Report on the cultivation and use of ganja
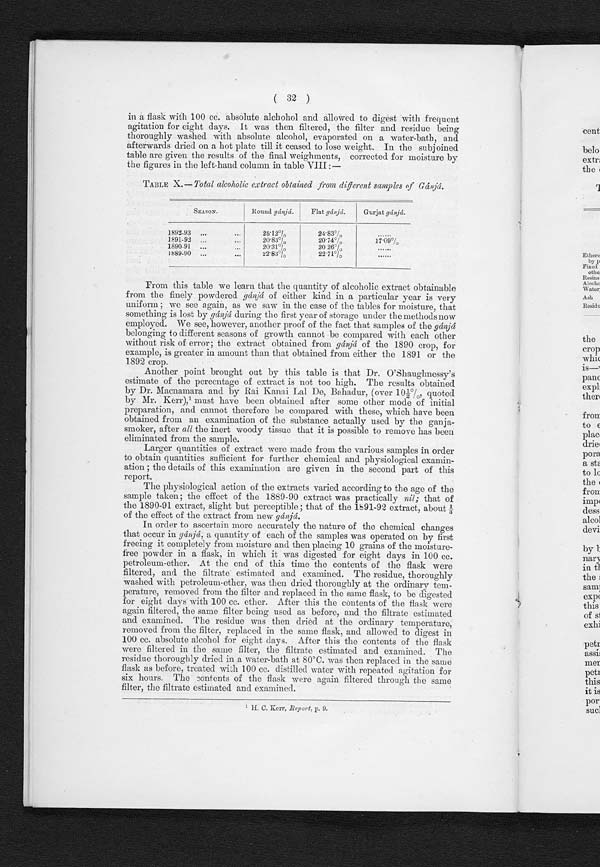
( 32 )
in a flask with 100 cc. absolute alchohol and allowed to digest with frequent
agitation for eight days. It was then filtered, the filter and residue being
thoroughly washed with absolute alcohol, evaporated on a water-bath, and
afterwards dried on a hot plate till it ceased to lose weight. In the subjoined
table are given the results of the final weighments, corrected for moisture by
the figures in the left-hand column in table VIII :—
TABLE X.—Total alcoholic extract obtained from different samples of Gánjá.
S E A S O N .
R O U N Dg
á n j á .
F l a t
g á
n j á .
G u r j a t
g á n j á .
1892-93 . . .
. . .
25. 12%
24. 83%
. . . . . .
1891-92
. . .
20. 83%
20.74%
17.09%
1890-91
. . .
. . .
20.31%
20 26%
. . . . .
1889-90 . . . . . .
22.83%
22.71%
. . . . . .
From this table we learn that the quantity of alcoholic extract obtainable
from the finely powdered gánjá of either kind in a particular year is very
u n i f o r m ; w e s e e a g a i n , a s w e s a w i n t h e c a s e o f t h e t a b l e s f o r m o i s t u r e , t h a t
something is lost by gánjá during the first year of storage under the methods now
employed. We see, however, another proof of the fact that samples of the gánjá
belonging to different seasons of growth cannot be compared with each other
without risk of error; the extract obtained from gánjá of the 1890 crop, for
example, is greater in amount than that obtained from either the 1891 or the
1892 crop.
Another point brought out by this table is that Dr. O'Shaughnessy's
estimate of the percentage of extract is not too high. The results obtained
by Dr. Macnamara and by Rai Kanai Lal De, Bahadur, (over 10½%, quoted
by Mr. Kerr),¹ must have been obtained after some other mode of initial
preparation, and cannot therefore be compared with these, which have been
obtained from an examination of the substance actually used by the ganja-
smoker, after all the inert woody tissue that it is possible to remove has been
eliminated from the sample.
Larger quantities of extract were made from the various samples in order
to obtain quantities sufficient for further chemical and physiological examin-
ation the details of this examination are given in the second part of this
report.
The physiological action of the extracts varied according to the age of the
sample taken; the effect of the 1889-90 extract was practically nil; that of
the 1890-91 extract, slight but perceptible ; that of the 1891-92 extract, about ⅓
of the effect of the extract from new gánjá.
In order to ascertain more accurately the nature of the chemical changes
that occur in gánjá, a quantity of each of the samples was operated on by first
freeing it completely from moisture and then placing 10 grains of the moisture-
free powder in a flask, in which it was digested for eight days in 100 cc.
petroleum-ether. At the end of this time the contents of the flask were
filtered, and the filtrate estimated and examined. The residue, thoroughly
washed with petroleum-ether, was then dried thoroughly at the ordinary tem-
perature, removed from the filter and replaced in the same flask, to be digested
for eight days with 100 cc. ether. After this the contents of the flask were
again filtered, the same filter being used as before, and the filtrate estimated
and examined. The residue was then dried at the ordinary temperature,
removed from the filter, replaced in the same flask, and allowed to digest in
100 cc. absolute alcohol for eight days. After this the contents of the flask
were filtered in the same filter, the filtrate estimated and examined. The
residue thoroughly dried in a water-bath at 80ºC. was then replaced in the same
flask as before, treated wish 100 cc. distilled water with repeated agitation for
six hours. The contents of the flask were again filtered through the same
filter, the filtrate estimated and examined.
¹ H . C . K e r r ,
R e p o r t ,
p . 9 .